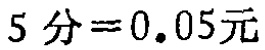
$5\text{ 分}=0.05\text{元}$